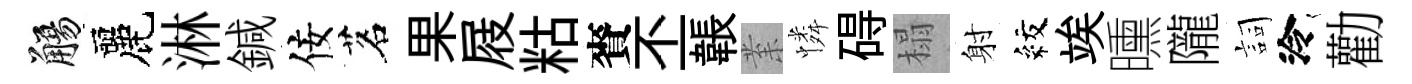
觴麗淋鍼佞茗果屐䊀賚丕韔𭪙憐碍榻射紋竢曛隴詞泠勸